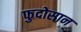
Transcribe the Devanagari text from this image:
फुदोसान